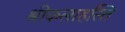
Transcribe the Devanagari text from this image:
श्रीकलाहस्ति